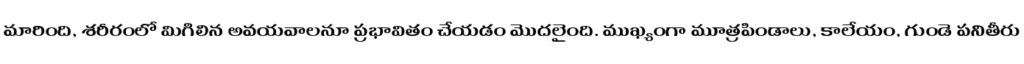
మారింది, శరీరంలో మిగిలిన అవయవాలనూ ప్రభావితం చేయడం మొదలైంది. ముఖ్యంగా మూత్రపిండాలు, కాలేయం, గుండె పనితీరు